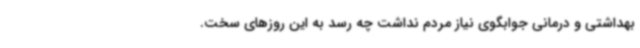
بهداشتی و درمانی جوابگوی نیاز مردم نداشت چه رسد به این روزهای سخت.